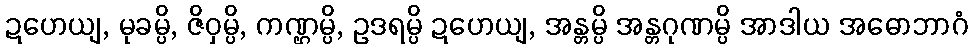
ဍဟေယျ, မုခမ္ပိ, ဇိဝှမ္ပိ, ကဏ္ဌမ္ပိ, ဥဒရမ္ပိ ဍဟေယျ, အန္တမ္ပိ အန္တဂုဏမ္ပိ အာဒါယ အဓောဘာဂံ